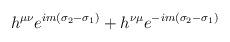
LaTeX: \begin{align*}h^{\mu\nu}e^{im(\sigma_2-\sigma_1)}+h^{\nu\mu}e^{-im(\sigma_2-\sigma_1)}\end{align*}